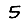
Digit: 5